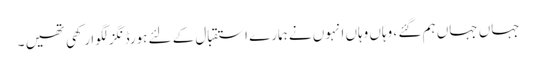
جہاں جہاں ہم گئے ، وہاں وہاں انہوں نے ہمارے استقبال کے لئے ہورڈنگز لگوا رکھی تھیں ۔